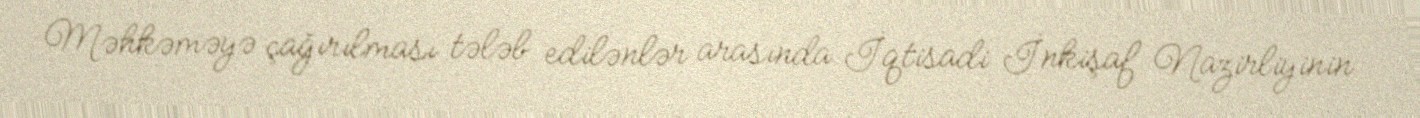
Məhkəməyə çağırılması tələb edilənlər arasında İqtisadi İnkişaf Nazirliyinin